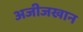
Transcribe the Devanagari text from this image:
अजीजखान